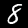
Label: 8